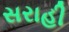
સરાહી